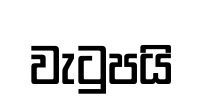
වැටුපයි